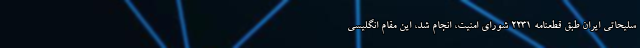
سلیحاتی ایران طبق قطعنامه ۲۲۳۱ شورای امنیت، انجام شد، این مقام انگلیسی